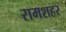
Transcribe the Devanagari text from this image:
रामशहर